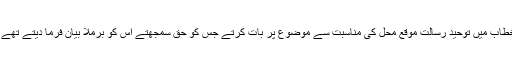
خطاب میں توحید رسالت موقع محل کی مناسبت سے موضوع پر بات کرتے جس کو حق سمجھتے اس کو برملا بیان فرما دیتے تھے ۔